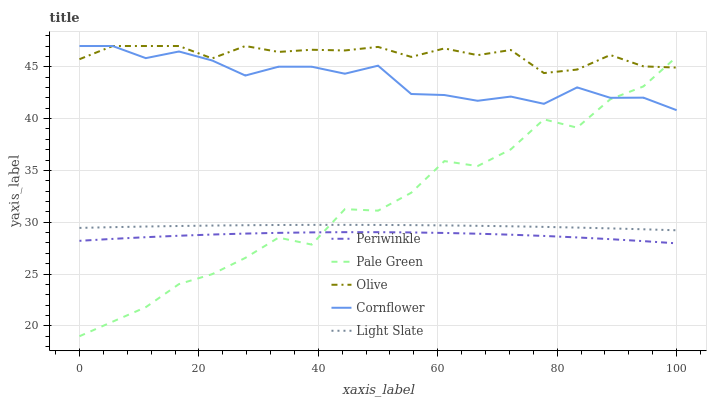
| xaxis_label | Periwinkle | Pale Green | Olive | Cornflower | Light Slate |
 | --- | --- | --- | --- | --- | --- |
 | 0 | 28.2 | 19 | 45.7 | 47 | 29.5 |
 | 5.56 | 28.4 | 20.4 | 47 | 47 | 29.5 |
 | 11.1 | 28.6 | 21.8 | 47 | 45.8 | 29.6 |
 | 16.7 | 28.7 | 24 | 47 | 46.5 | 29.6 |
 | 22.2 | 28.8 | 25 | 45.8 | 45.6 | 29.7 |
 | 27.8 | 28.9 | 26.6 | 47 | 44.2 | 29.7 |
 | 33.3 | 29 | 28.5 | 46.4 | 45 | 29.7 |
 | 38.9 | 29 | 27.8 | 46.6 | 45 | 29.7 |
 | 44.4 | 29 | 31.3 | 46.6 | 44.3 | 29.7 |
 | 50 | 29 | 31.1 | 46.9 | 45.1 | 29.7 |
 | 55.6 | 29 | 32.8 | 45.9 | 42.4 | 29.7 |
 | 61.1 | 29 | 35.9 | 46.8 | 42.3 | 29.7 |
 | 66.7 | 28.9 | 35.4 | 46.1 | 41.7 | 29.7 |
 | 72.2 | 28.8 | 37 | 46.6 | 42.1 | 29.6 |
 | 77.8 | 28.7 | 39.9 | 44.4 | 41.4 | 29.6 |
 | 83.3 | 28.5 | 39.1 | 44.7 | 43 | 29.5 |
 | 88.9 | 28.4 | 41.9 | 46.1 | 42 | 29.4 |
 | 94.4 | 28.2 | 43.1 | 45 | 42 | 29.3 |
 | 100 | 28 | 46 | 44.9 | 40.8 | 29.2 |